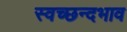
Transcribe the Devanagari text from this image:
स्वच्छन्दभाव